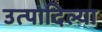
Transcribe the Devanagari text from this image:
उत्पादिल्या